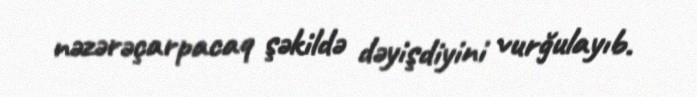
nəzərəçarpacaq şəkildə dəyişdiyini vurğulayıb.